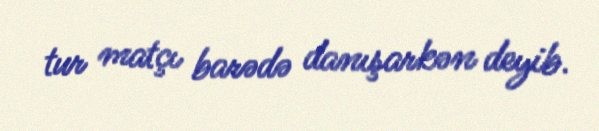
tur matçı barədə danışarkən deyib.